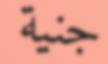
جنية